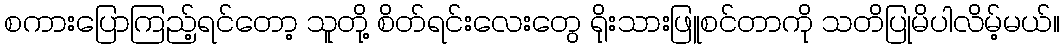
စကားပြောကြည့်ရင်တော့ သူတို့ စိတ်ရင်းလေးတွေ ရိုးသားဖြူစင်တာကို သတိပြုမိပါလိမ့်မယ်။